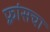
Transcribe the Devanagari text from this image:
फ़्रांसचा